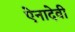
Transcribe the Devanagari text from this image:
ऐनादेवी